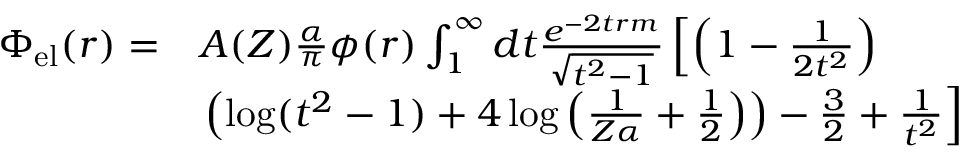
\begin{array} { r l } { \Phi _ { \mathrm { e l } } ( r ) = } & { A ( Z ) \frac { \alpha } { \pi } \phi ( r ) \int _ { 1 } ^ { \infty } d t \frac { e ^ { - 2 t r m } } { \sqrt { t ^ { 2 } - 1 } } \left[ \left( 1 - \frac { 1 } { 2 t ^ { 2 } } \right) \right. } \\ & { \left. \left( \log ( t ^ { 2 } - 1 ) + 4 \log \left( \frac { 1 } { Z \alpha } + \frac { 1 } { 2 } \right) \right) - \frac { 3 } { 2 } + \frac { 1 } { t ^ { 2 } } \right] } \end{array}